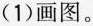
(1)画图。